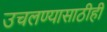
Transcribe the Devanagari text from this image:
उचलण्यासाठीही